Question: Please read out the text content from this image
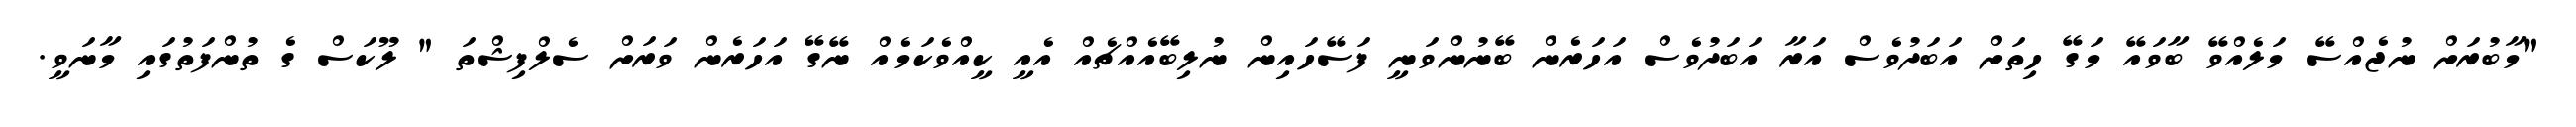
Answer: "މާބުރަށް ނުޖެއްސޭ މަލެއްވޭ ބާވައޭ މަގޭ ހިތަށް އަބަދުވެސް އަރާ އަބަދުވެސް އަހަރެން ބޭނުންވަނީ ފަސޭހައިން ނުލިބޭއެއްޗެއް އެއީ ކީއްވެކަމެއް ނޭގޭ އަހަރެން ވަރަށް ސެލްފިޝްތަ " ލޫކަސް ގެ ތުންފަތުގައި މާނަވީ.